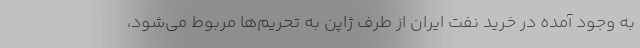
به وجود آمده در خرید نفت ایران از طرف ژاپن به تحریم‌ها مربوط می‌شود،